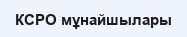
КСРО мұнайшылары